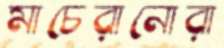
মাচেরানোরা